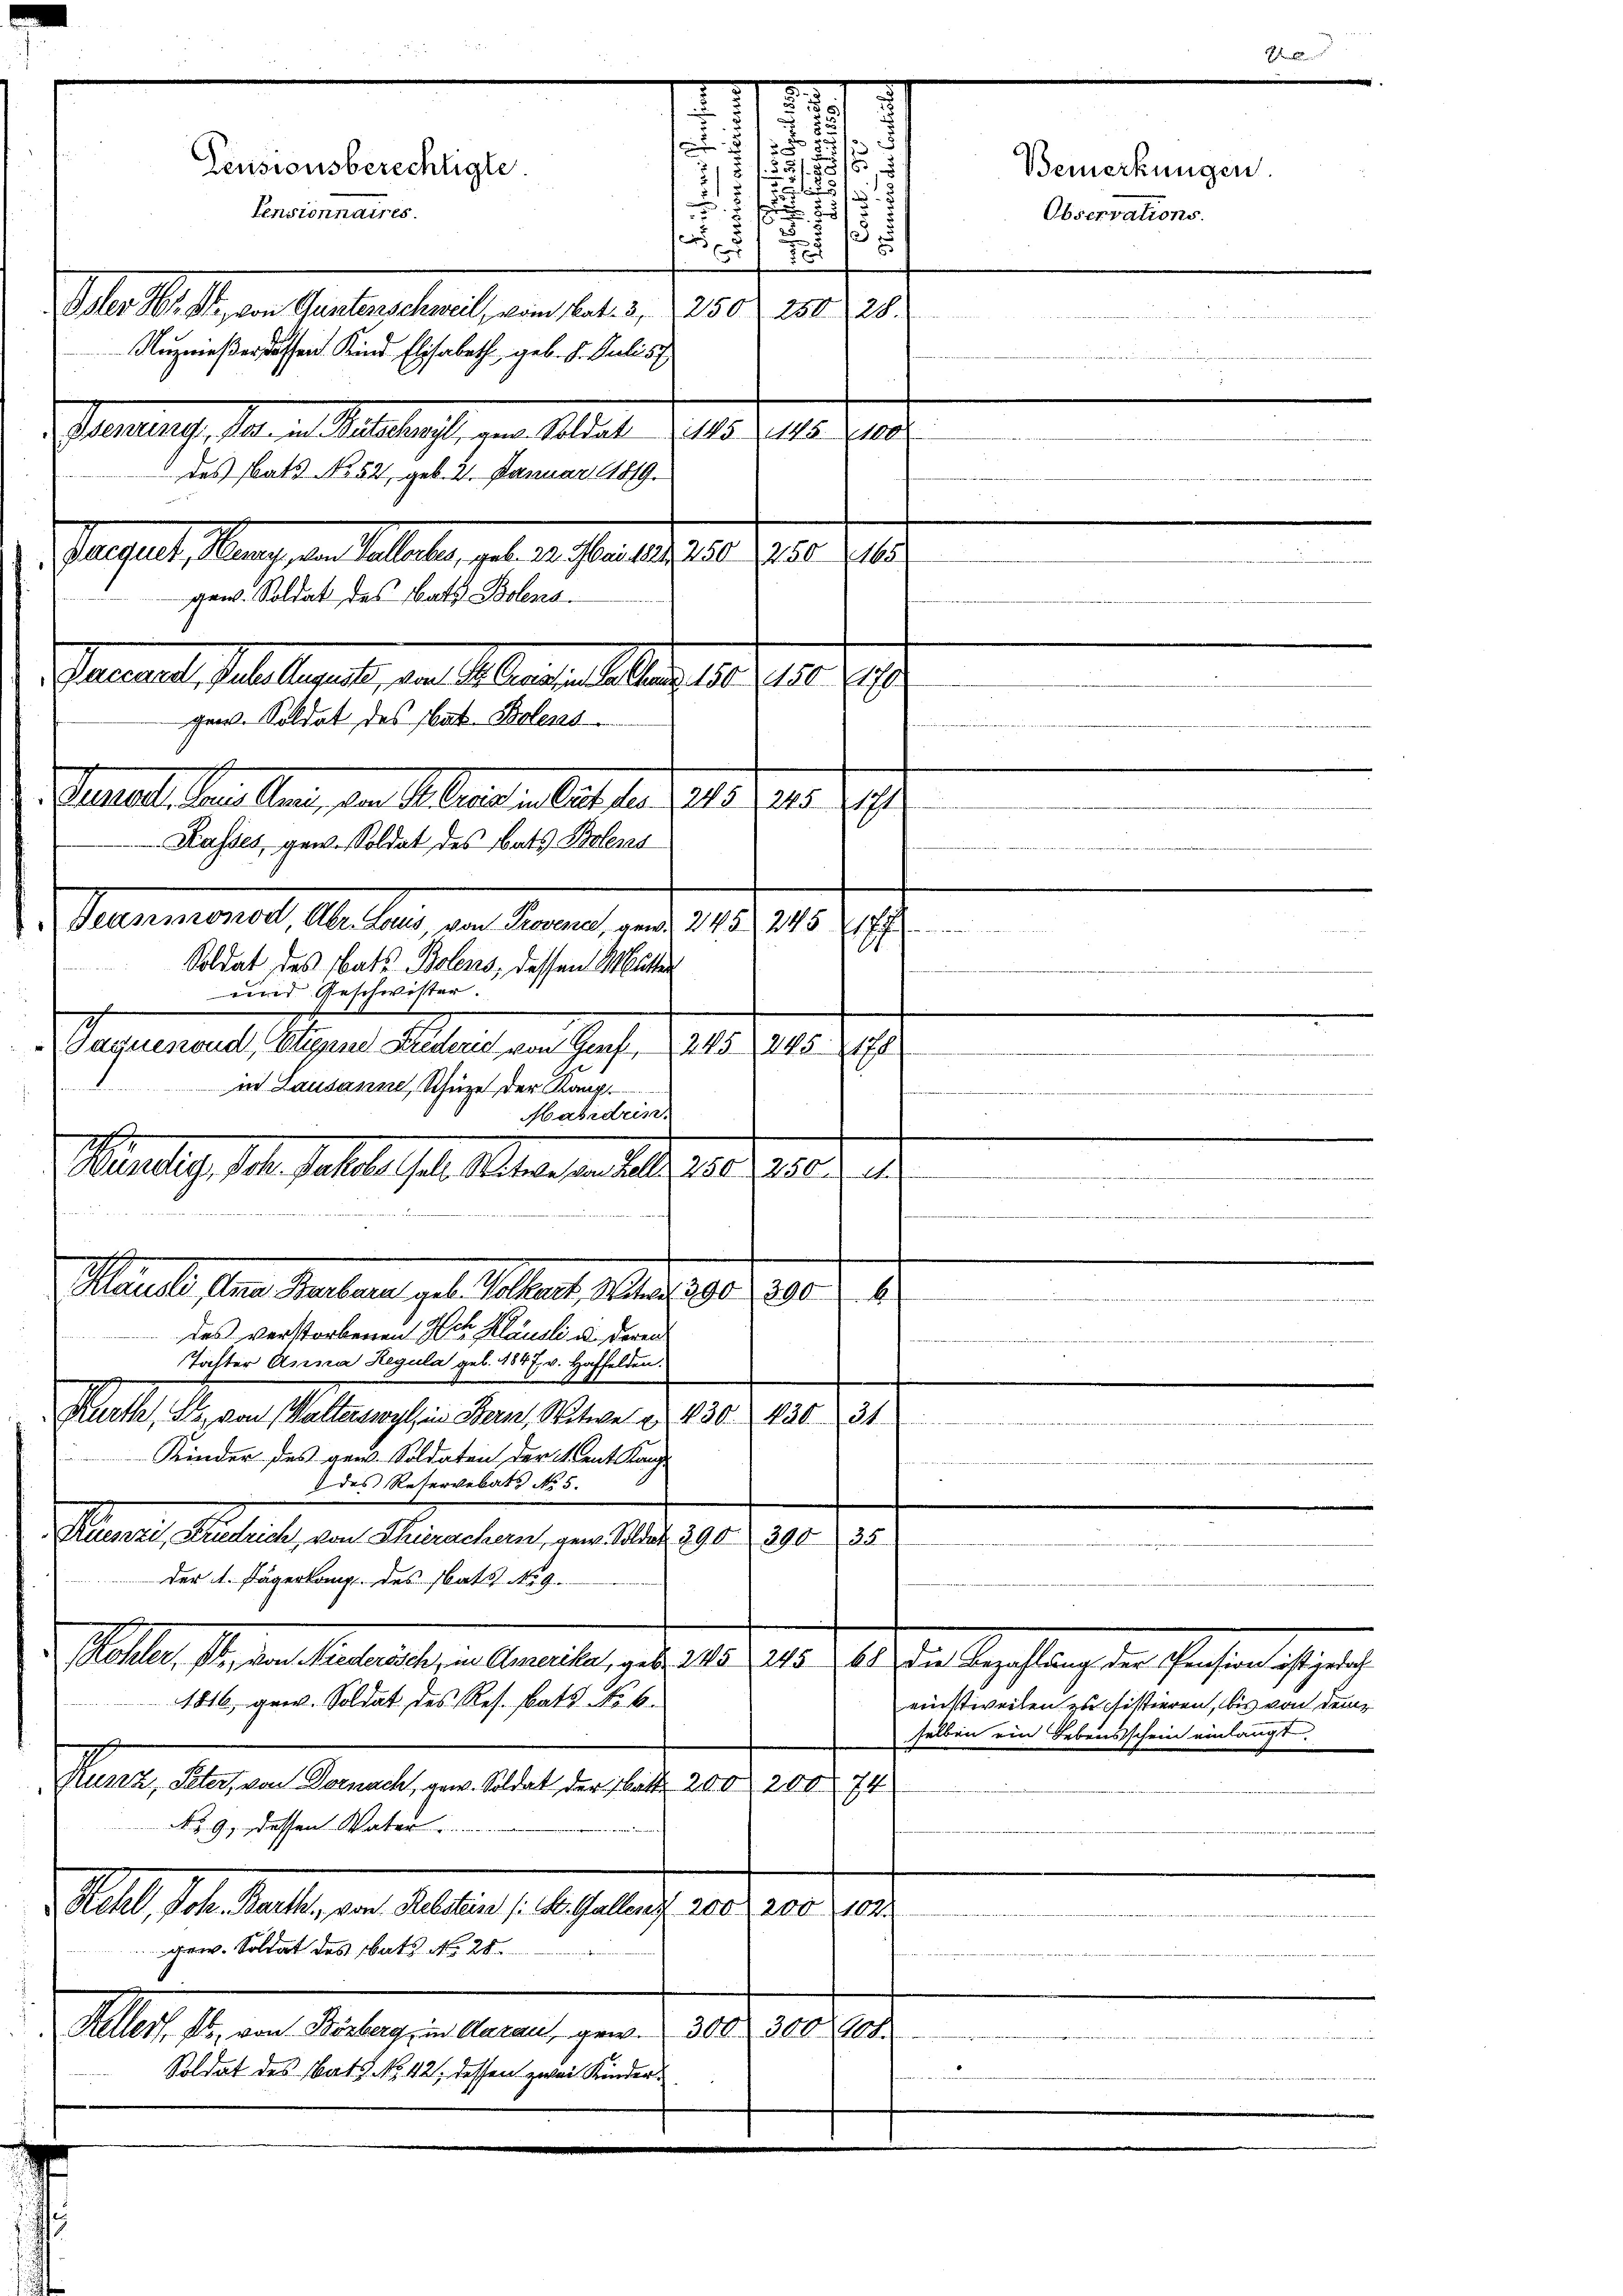
2
.
75
r
e
.
.

Pensionsberechtigte.

2
2.

Pensionnaires.
.
5

e
Oeler Hr. St. von Gunterschweil, vom Nat. 3, 1250) 250, 28.
Nuznießer dassen Kind Elisabeth, geb. S. Puelis
Genauf, da in Reallast, von Alter d. 15. 18. Ja
des Rats No 52, geb. 2. Januar 1819.
Pauses Gang an Sollte, gut a. a. a. 0. April 1910.
gen. Soldat des Nath Bolena
Perath hattet, den Abenden aber 1809. 10. 1910.
gen. Soldat des Nat. Boleres
eret, allen, den Alleinen Ausfert 121 n 1. 191
Kasses, gew. Soldat des Bats Polens
e
Pneumonat, an der den Manne, jede 1815 1890
Soldat des Rats Bolens, dessen Mutter
und Geschwister.
Saque nond Etigung Luederich von Genf, 245 845. 178
in Lausanne, Schuze der Kant
a
Mabidein
Martig, 1849 hattet hat. Aber in der 1810. 10. d. d.
e

ee vor
e
"
des verstorbenen Hch. Klausli u. deren
Tochter Anna Regula geb. 1847. v. Hoffelden.
Roth, Al., von Waltenwyl, in Bern, Witwe d. 130. 130. 231
Kinder des gen. Soldaten der Ment Kanz
des Reservebat No 5.
Manes Gestalt, in Meranstand, am 1. 191. 1910. 1910.
der 4. Jägerkamp. des Rats No 9.
Mlle, in der Mietheilte er bereiten, als 14. 191. 19. Der Regelung der Praesen ist nach
1816, gew. Soldat des Res. Brats No. 6.
einstweilen zu distieren, bis von dem
selben ein Lebensschein einlangt,
Sanen, das an Senat, von Altst des Jahre 18. 210. 191
No 9. dessen Vater
ell, St. Gallen an Fallen d. M. aber 12. 1905. 123.
gew. Soldat des Rats No. 28.
Paller, 14. von Bernberg, in Aarau, gen 300. 300. 901.
Soldat des Satz. No. 42, dessen zwei Kinder¬

Maute Ana Sterbara geb. Volkert, Weber 1890. 300 f. 4

5
.

Bemerkungen.
Observations.

der mi